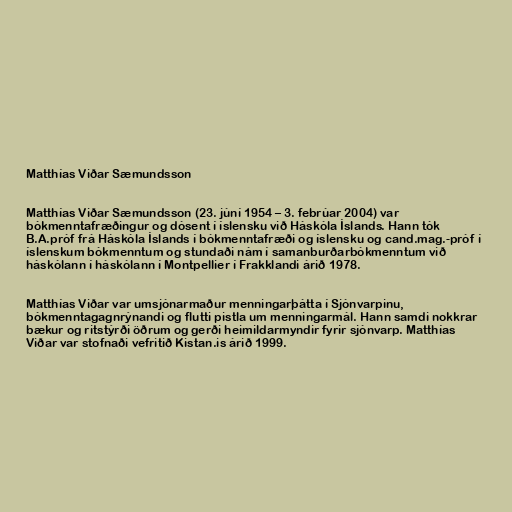
Matthías Viðar Sæmundsson

Matthías Viðar Sæmundsson (23. júní 1954 – 3. febrúar 2004) var
bókmenntafræðingur og dósent í íslensku við Háskóla Íslands. Hann tók
B.A.próf frá Háskóla Íslands í bókmenntafræði og íslensku og cand.mag.-próf í
íslenskum bókmenntum og stundaði nám í samanburðarbókmenntum við
háskólann í háskólann í Montpellier í Frakklandi árið 1978.

Matthías Viðar var umsjónarmaður menningarþátta í Sjónvarpinu,
bókmenntagagnrýnandi og flutti pistla um menningarmál. Hann samdi nokkrar
bækur og ritstýrði öðrum og gerði heimildarmyndir fyrir sjónvarp. Matthías
Viðar var stofnaði vefritið Kistan.is árið 1999.